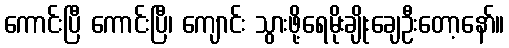
ကောင်းပြီ ကောင်းပြီ၊ ကျောင်း သွားဖို့ရေမိုးချိုးချေဦးတော့နော်။